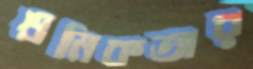
শ্রমিকতার